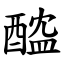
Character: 醓